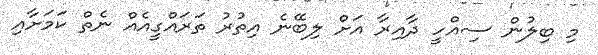
މި ބިލުން ސިއްހީ ދާއިރާ އަށް ލިބޭނެ އިތުރު ތަރައްގީއެއް ނެތް ކަމަށާއި